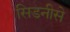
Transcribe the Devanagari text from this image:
सिडनीसे